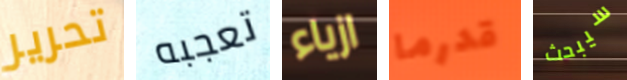
تحرير تعجبه ازياء قدرما سيبحث